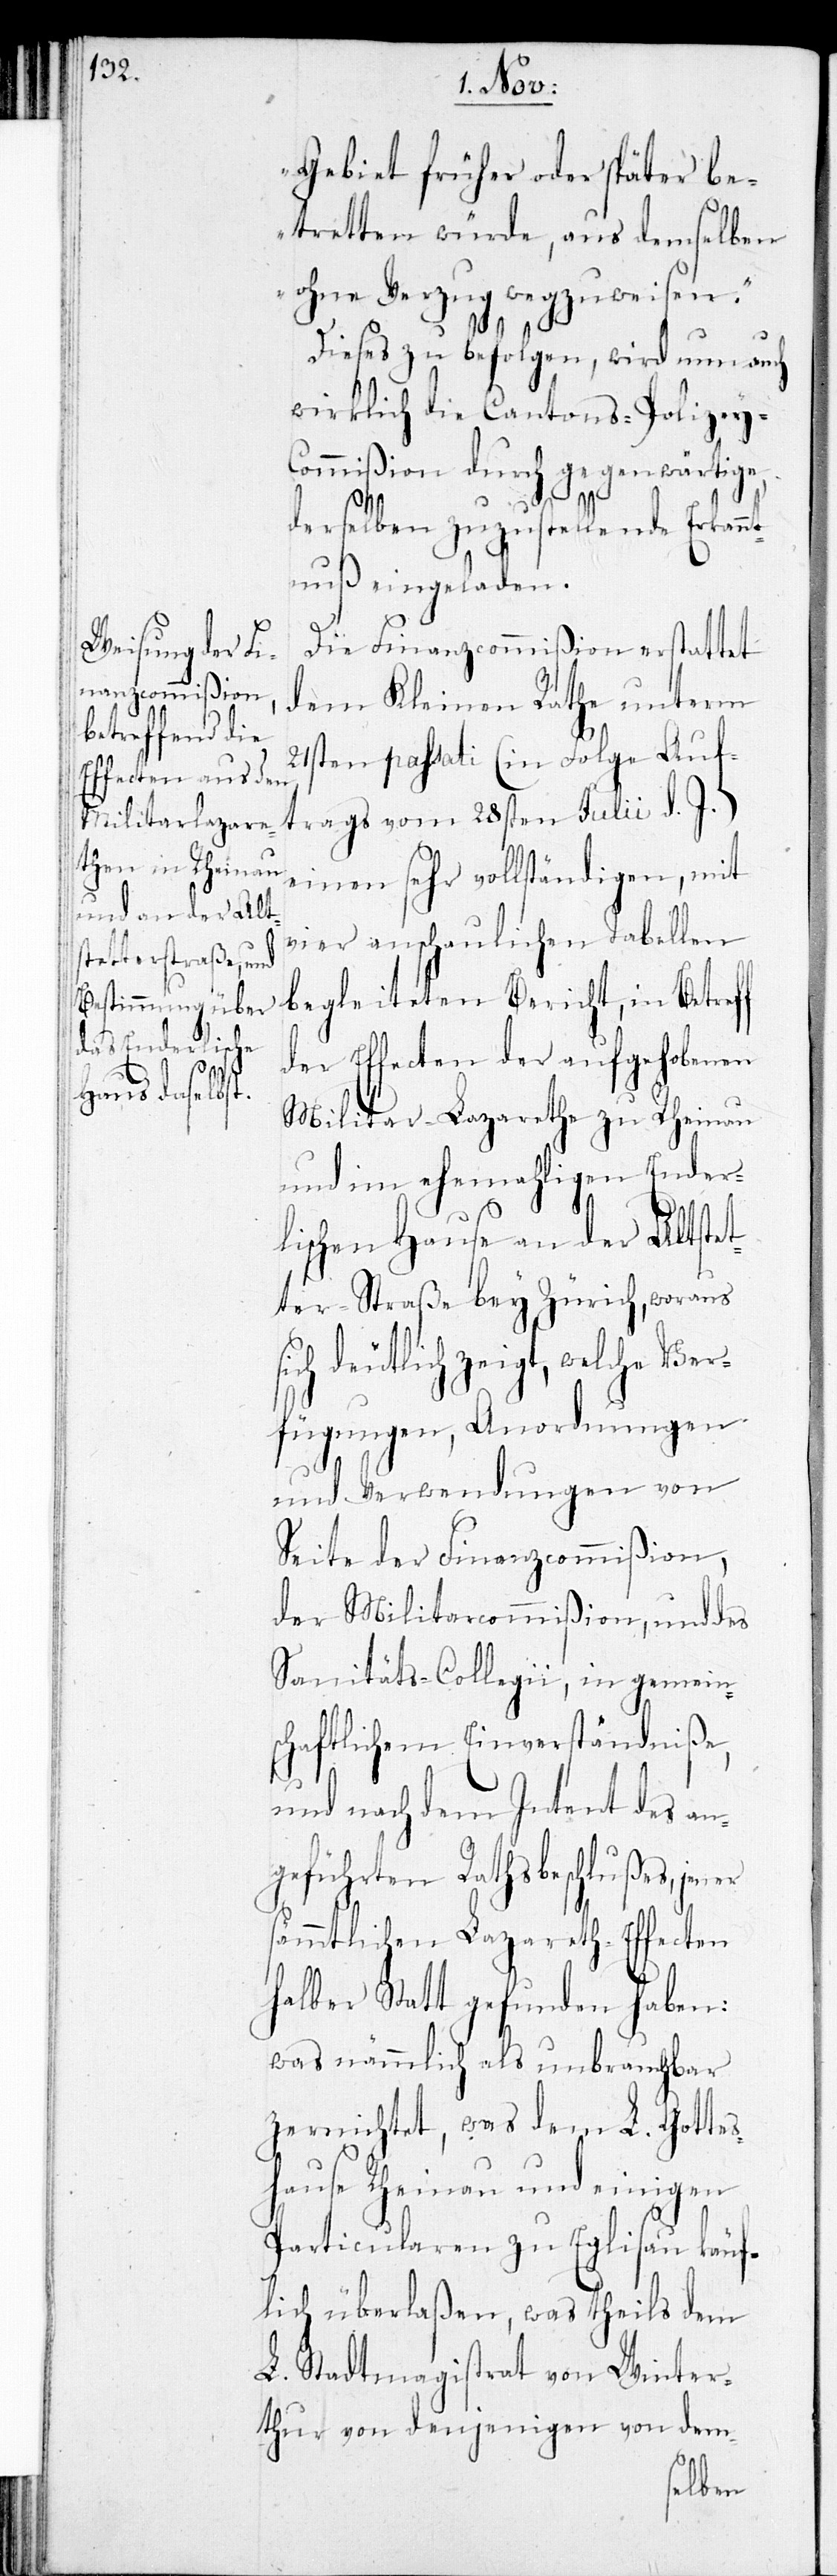
Gebiet früher oder später be¬
tretten würde, aus demselben
ohne Verzug wegzuweisen.“
Dieses zu befolgen, wird nun auch
wirklich die Cantons-Polizey-C¬
ommißion durch gegenwärtige,
s¬
derselben zuzustellende Erkan¬
ntnuß eingeladen.
Die Finanzcommißion erstattet
dem Kleinen Rathe unterm
21sten passati (in Folge Auft¬
rags vom 28sten Julii d. J.)
einen sehr vollständigen, mit
vier anschaulichen Tabellen
begleiteten Bericht, in Betreff
der Effecten der aufgehobenen
Militar-Lazarethe zu Rheinau
und im ehemahligen Ender¬
lischen Hause an der Altstet¬
ter-Straße bey Zürich, woraus
ich deutlich zeigt, welche Ver¬
fügungen, Anordnungen,
und Verwendungen von
Seite der Finanzcommißion,
der Militarcommißion, und des
Sanitäts-Collegii, in gemein¬
schaftlichem Einverständniße,
und nach dem Intent des an¬
geführten Rathsbeschlußes, jener
ämmtlichen Lazareth-Effecten
halber Statt gefunden haben:
was nämmlich als unbrauchbar
zernichtet, was dem L. Gotts¬
hause Rheinau und einigen
Particularen zu Eglisau käuf¬
lich überlaßen, was theils dem
L. Stadtmagistrat von Winter¬
thur von denjenigen von dem-